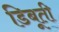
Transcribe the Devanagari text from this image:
डिबूती